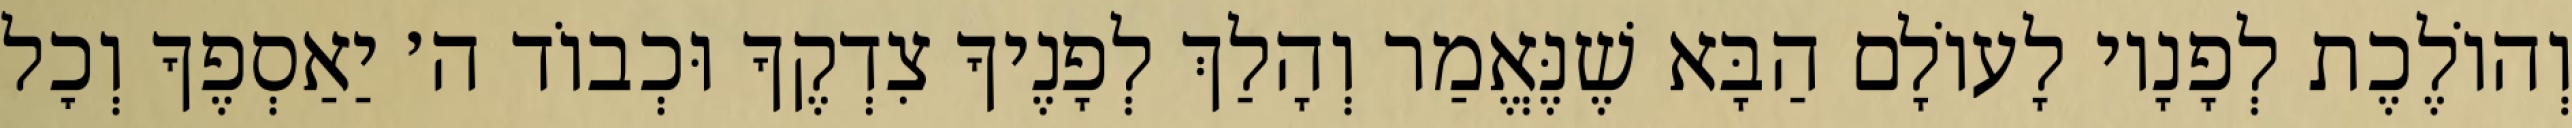
וְהוֹלֶכֶת לְפָנָיו לָעוֹלָם הַבָּא שֶׁנֶּאֱמַר וְהָלַךְ לְפָנֶיךָ צִדְקֶךָ וּכְבוֹד ה׳ יַאַסְפֶךָ וְכׇל